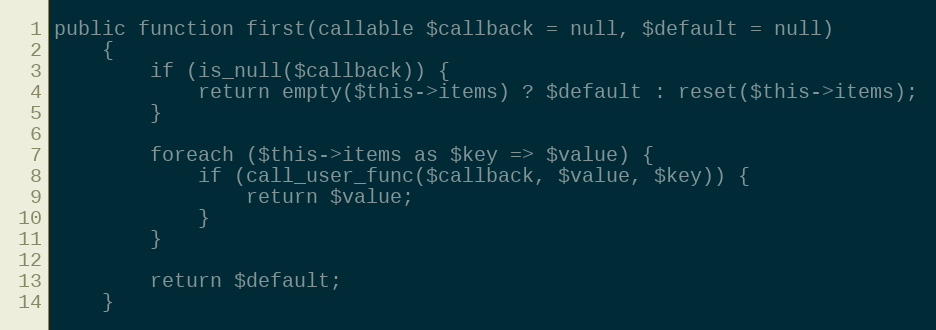
Language: PHP
public function first(callable $callback = null, $default = null)
    {
        if (is_null($callback)) {
            return empty($this->items) ? $default : reset($this->items);
        }

        foreach ($this->items as $key => $value) {
            if (call_user_func($callback, $value, $key)) {
                return $value;
            }
        }

        return $default;
    }